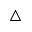
\triangle